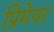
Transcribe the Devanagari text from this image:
प्रिमेयर